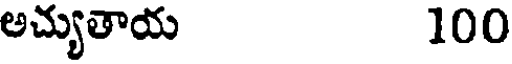
అచ్యుతాయ 100